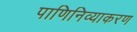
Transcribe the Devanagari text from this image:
पाणिनिव्याकरण